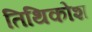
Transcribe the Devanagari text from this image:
तिथिकोश